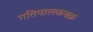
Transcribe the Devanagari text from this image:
गतिपालकचक्र